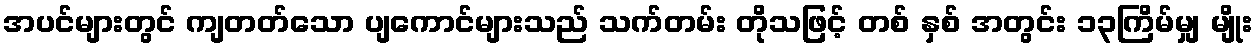
အပင်များတွင် ကျတတ်သော ပျကောင်များသည် သက်တမ်း တိုသဖြင့် တစ် နှစ် အတွင်း ၁၃ကြိမ်မျှ မျိုး